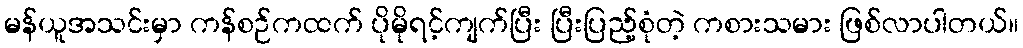
မန်ယူအသင်းမှာ ကန်စဉ်ကထက် ပိုမိုရင့်ကျက်ပြီး ပြီးပြည့်စုံတဲ့ ကစားသမား ဖြစ်လာပါတယ်။